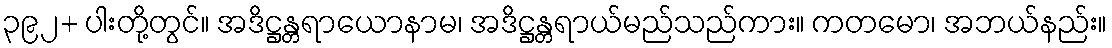
၃၉၂+ ပါးတို့တွင်။ အဒိဋ္ဌန္တရာယောနာမ၊ အဒိဋ္ဌန္တရာယ်မည်သည်ကား။ ကတမော၊ အဘယ်နည်း။